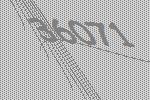
36071